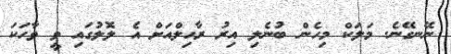
ނޭނގޭނެ. މަލަކް މިހެން ބުނެލި އިރު ރާހިލްއަށް އެ ލޮލުގައި ވީ ވާހަކަ